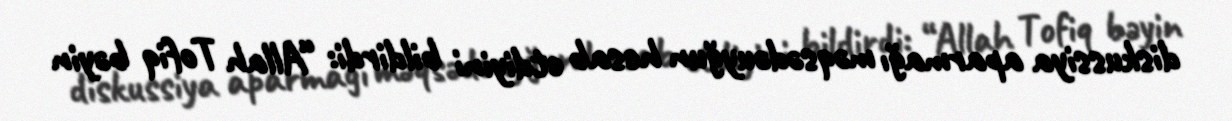
diskussiya aparmağı məqsədəuyğun hesab etdiyini bildirdi: “Allah Tofiq bəyin